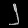
Digit: ၂